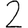
Digit: 2